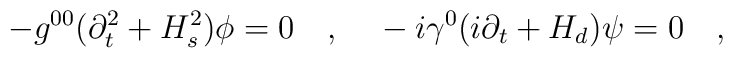
-g^{00}(\partial_t^2+H_s^2)\phi=0~~~,{}~~~-i\gamma^0(i\partial_t+H_d)\psi=0~~~,